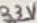
Text: 33V